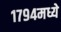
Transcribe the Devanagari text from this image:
१७९४मध्ये